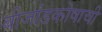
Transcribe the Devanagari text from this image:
बीजांडकोषाची